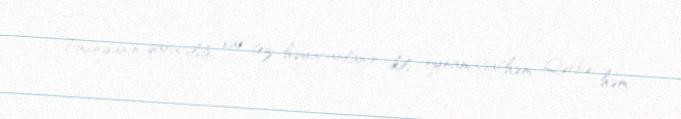
Paşinyanın qaraçılığı var, tez həyacanlanır, ikili oynamağa(həm Qərbə, həm